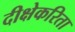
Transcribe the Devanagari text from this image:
दीक्षेकरिता